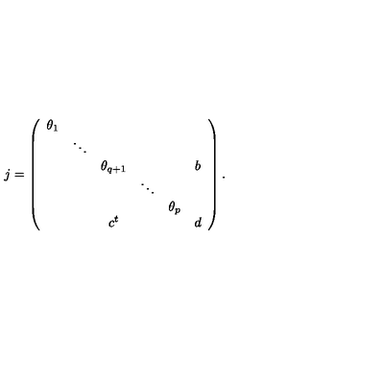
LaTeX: j = \left( \begin{array} { c c c c c c } { \theta _ { 1 } } & { } & { } & { } & { } & { } \\ { } & { \ddots } & { } & { } & { } & { } \\ { } & { } & { \theta _ { q + 1 } } & { } & { } & { b } \\ { } & { } & { } & { \ddots } & { } & { } \\ { } & { } & { } & { } & { \theta _ { p } } & { } \\ { } & { } & { c ^ { t } } & { } & { } & { d } \\ \end{array} \right) .